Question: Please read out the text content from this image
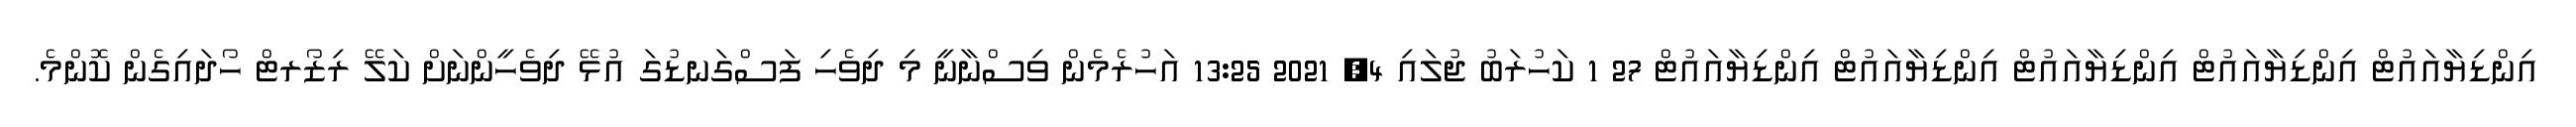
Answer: އިންޑިޔާއައުޓް އިންޑިޔާއައުޓް އިންޑިޔާއައުޓް އިންޑިޔާއައުޓް އިންޑިޔާއައުޓް 27 1 ކަހުރަބު ޖުލައި 4, 2021 13:25 އަހުރެމެން ވިސްނާނީ މި ދިވެހި ފަސްގަނޑުގަ އުޅޭ ދިވެހީންނަށް ކަލޭ ރިޒޯރޓް ހޯދައިގެން ކޮންމެ.